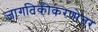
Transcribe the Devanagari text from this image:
जागतिकीकरणोत्तर